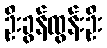
ဦးခွန်ထွန်းဦး